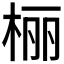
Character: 𪲔